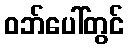
ဝဘ်ပေါ်တွင်